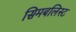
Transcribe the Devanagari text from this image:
सिमबलिस्ट